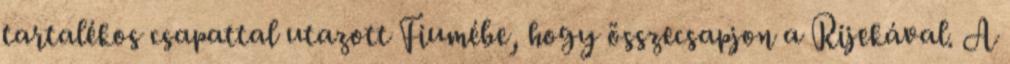
tartalékos csapattal utazott Fiumébe, hogy összecsapjon a Rijekával. A